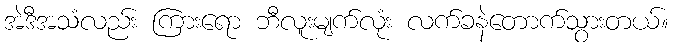
အဲဒီအသံလည်း ကြားရော ဘီလူးမျက်လုံး လက်ခနဲတောက်သွားတယ်။